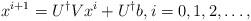
LaTeX: \begin{align*}x^{i+1}=U^{\dagger}Vx^{i}+U^{\dagger}b, i=0,1,2,\ldots,\end{align*}